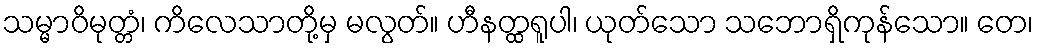
သမ္မာဝိမုတ္တံ၊ ကိလေသာတို့မှ မလွတ်။ ဟီနတ္ထရူပါ၊ ယုတ်သော သဘောရှိကုန်သော။ တေ၊